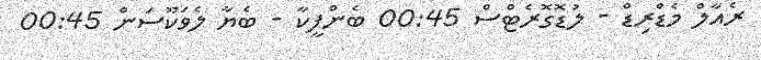
ރެއާލް މެޑްރިޑް - ލުޑޮގޮރެޓްސް 00:45 ބެންފީކާ - ބެޔާ ލެވަކޫސަން 00:45